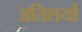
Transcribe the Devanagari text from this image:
अतिशयों